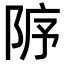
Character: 𨹘